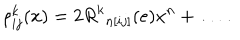
LaTeX: \rho _ { i j } ^ { k } ( x ) = 2 { R ^ { k } } _ { n [ i j ] } ( e ) x ^ { n } + \ldots \, .